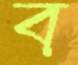
ব